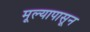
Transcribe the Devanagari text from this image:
मूल्यापासून